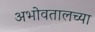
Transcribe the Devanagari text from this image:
अभोवतालच्या